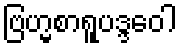
ဗြဟ္မစာရူပဒ္ဒဝေါ